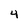
Character: 4